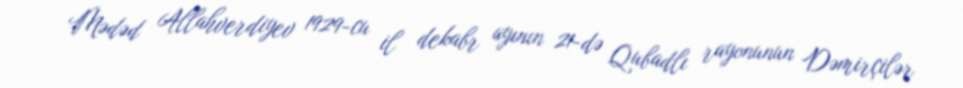
Mədəd Allahverdiyev 1929-cu il dekabr ayının 21-də Qubadlı rayonunun Dəmirçilər